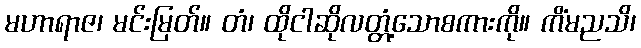
မဟာရာဇ၊ မင်းမြတ်။ တံ၊ ထိုငါဆိုလတ္တံ့သောစကားကို။ ကိံမညသိ၊